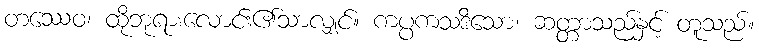
တဿေဝ၊ ထိုဘုရားလောင်း၏သာလျှင်။ ကပ္ပကသဒိသော၊ ဆတ္တာသည်နှင့် တူသည်။